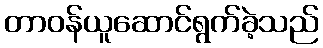
တာဝန်ယူဆောင်ရွက်ခဲ့သည်